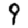
Digit: 9